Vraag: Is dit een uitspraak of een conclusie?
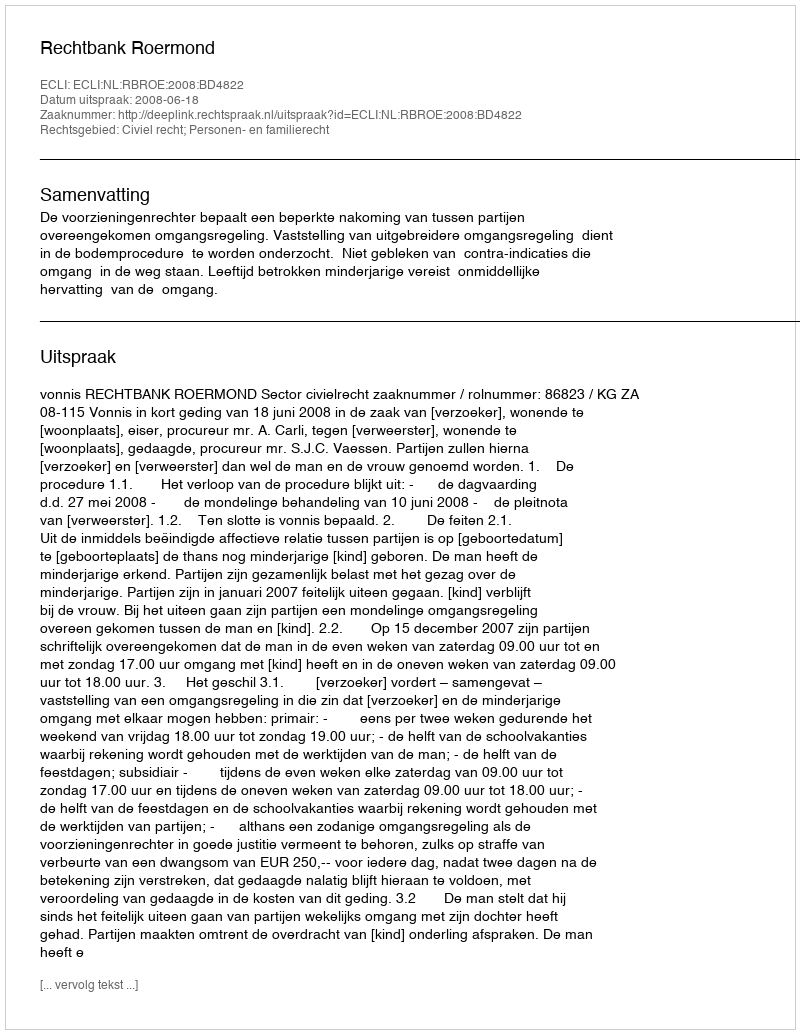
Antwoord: Uitspraak